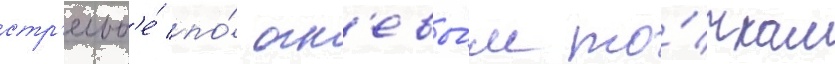
стр'ельб'е́ по́ огн'евы́м то́чкам